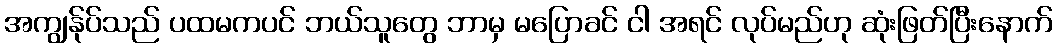
အကျွန်ုပ်သည် ပထမကပင် ဘယ်သူတွေ ဘာမှ မပြောခင် ငါ အရင် လုပ်မည်ဟု ဆုံးဖြတ်ပြီးနောက်